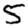
Digit: 5